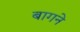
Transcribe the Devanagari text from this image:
बागने